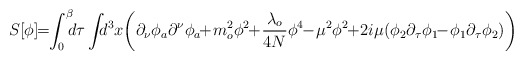
\begin{align*}S[\phi]\!\!=\!\!\int_0^\beta\!\!\! d\tau\int\!\!\! d^3 x\!\left(\partial_{\nu}\phi_{a}\partial^{\nu}\phi_{a}\!\!+\!m^2_{o}\phi^2\!\!+\!\frac{\lambda_{o}}{4N}\phi^4\!\!-\!\mu^2\phi^2\!\!+\!2i\mu(\phi_{2}\partial_{\tau}\phi_{1}\!\!-\!\phi_{1}\partial_{\tau}\phi_{2})\right)\end{align*}